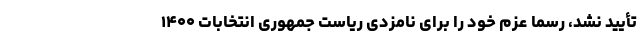
تأیید نشد، رسماً عزم خود را برای نامزدی ریاست جمهوری انتخابات ۱۴۰۰